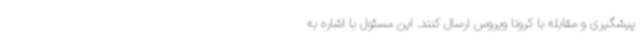
پیشگیری و مقابله با کرونا ویروس ارسال کنند. این مسئول با اشاره به